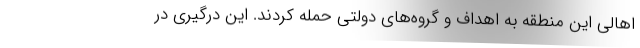
اهالی این منطقه به اهداف و گروه‌های دولتی حمله کردند. این درگیری در